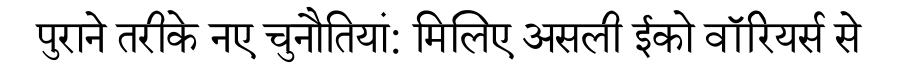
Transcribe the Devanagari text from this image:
पुराने तरीके नए चुनौतियां: मिलिए असली ईको वॉरियर्स से